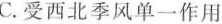
C.受西北季风单一作用